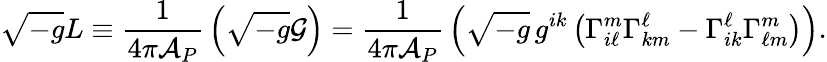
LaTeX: \sqrt{-g}L\equiv{\frac{1}{4\pi{\cal A}_{P}}}\left(\sqrt{-g}{\cal G}\right)={\frac{1}{4\pi{\cal A}_{P}}}\left(\sqrt{-g}\, g^{ik}\left(\Gamma_{i\ell}^{m}\Gamma_{km}^{\ell}-\Gamma_{ik}^{\ell}\Gamma_{\ell m}^{m}\right)\right).